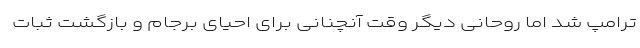
ترامپ شد اما روحانی دیگر وقت آنچنانی برای احیای برجام و بازگشت ثبات